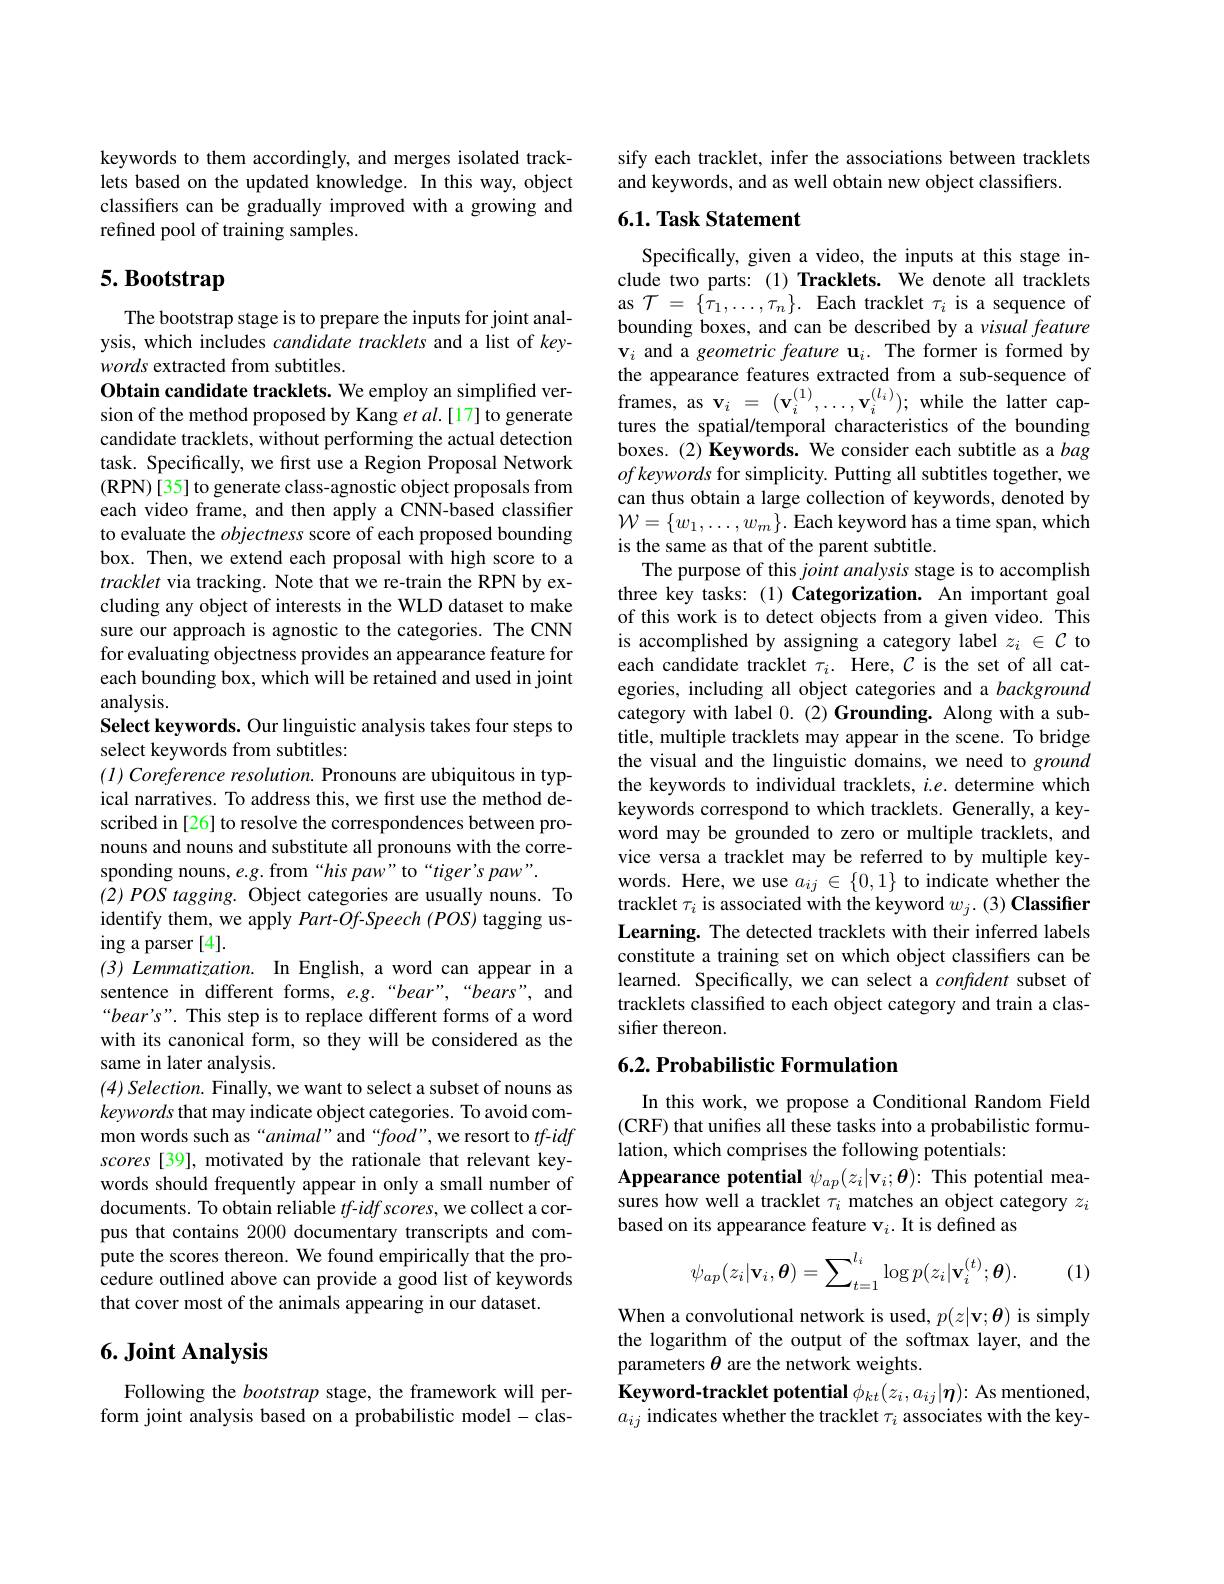
keywords to them accordingly, and merges isolated tracklets based on the updated knowledge. In this way, object classifiers can be gradually improved with a growing and refined pool of training samples.

## $5. \textbf{Bootstrap}$

The bootstrap stage is to prepare the inputs for joint analysis, which includes candidate tracklets and a list of keywords extracted from subtitles.

Obtain candidate tracklets. We employ an simplified version of the method proposed by Kang et al.[17] to generate candidate tracklets, without performing the actual detection task. Specifically, we frst use a Region Proposal Network (RPN)[35] to generate class-agnostic object proposals from each video frame, and then apply a CNN-based classifier to evaluate the objectness score of each proposed bounding box. Then, we extend each proposal with high score to a tracklet via tracking. Note that we re-train the RPN by excluding any object of interests in the WLD dataset to make sure our approach is agnostic to the categories. The CNN for evaluating objectness provides an appearance feature for each bounding box, which will be retained and used in joint analysis.
Select keywords. Our linguistic analysis takes four steps to
select keywords from subtitles:
$( l) \textit{Coreference resolution. Pronouns are ubiquitous in typ- }$ ical narratives. To address this, we first use the method described in [26] to resolve the correspondences between pronouns and nouns and substitute all pronouns with the corresponding nouns, e.g. from“his paw”to“tiger's paw”.
$( 2) \textit{POS tagging. Object categories are usually nouns. To}$ identify them, we apply Part-Of-Speech (POS) tagging using a parser [4].
(3) Lemmatization. In English, a word can appear in a sentence in different forms, e.g.“bear”,“bears", and “bear's". This step is to replace different forms of a word with its canonical form, so they will be considered as the same in later analysis.
$( 4) \textit{Selection. Finally, we want to select a subset of nouns as}$ keywords that may indicate object categories. To avoid common words such as “animal” and“food”, we resort to $tf$-idf scores [39], motivated by the rationale that relevant keywords should frequently appear in only a small number of documents. To obtain reliable $tf$-idf scores, we collect a corpus that contains 2000 documentary transcripts and compute the scores thereon. We found empirically that the procedure outlined above can provide a good list of keywords that cover most of the animals appearing in our dataset.

## $6. \textbf{Joint Analysis}$

Following the bootstrap stage, the framework will perform joint analysis based on a probabilistic model-clas-

sify each tracklet, infer the associations between tracklets
and keywords, and as well obtain new object classifiers

### 6.1. Task Statement

Specifically, given a video, the inputs at this stage include two parts: (1) Tracklets. We denote all tracklets as $\mathcal{T}=\{\bar{\tau_{1}},\ldots,\tau_{n}\}.$ Each tracklet $\tau_i$ is a sequence of bounding boxes, and can be described by a visual feature $\mathbf{v}_i$ and a geometric feature u$_i.$ The former is formed by the appearance features extracted from a sub-sequence of frames, as v$_i=(\mathbf{v}_i^{(1)},\ldots,\mathbf{v}_i^{(l_i)});$ while the latter captures the spatial/temporal characteristics of the bounding boxes. (2) Keywords. We consider each subtitle as a bag $of\textit{keywords for simplicity. Putting all subtitles together, we}$ can thus obtain a large collection of keywords, denoted by $\mathcal{W}=\{w_{1},\ldots,w_{m}\}.$ Each keyword has a time span, which is the same as that of the parent subtitle.
The purpose of this joint analysis stage is to accomplish three key tasks: (1) Categorization. An important goal of this work is to detect objects from a given video. This is accomplished by assigning a category label $z_i\in\mathcal{C}$ to each candidate tracklet $\tau_i.$ Here, $\mathcal{C}$ is the set of all categories, including all object categories and a background category with label $0.(2)Grounding.$ Along with a subtitle, multiple tracklets may appear in the scene. To bridge the visual and the linguistic domains, we need to ground the keywords to individual tracklets, $i.e.$ determine which keywords correspond to which tracklets. Generally, a keyword may be grounded to zero or multiple tracklets, and vice versa a tracklet may be referred to by multiple keywords. Here, we use $a_ij\in\{0,1\}$ to indicate whether the tracklet $\tau_i$ is associated with the keyword $w_j. ( 3) \textbf{Classifier}$ Learning. The detected tracklets with their inferred labels constitute a training set on which object classifiers can be learned. Specifically, we can select a confdent subset of tracklets classified to each object category and train a classifier thereon.
6.2. Probabilistic Formulation

In this work, we propose a Conditional Random Field (CRF) that unifes all these tasks into a probabilistic formu- lation, which comprises the following potentials:
Appearance potential $\psi_{ap}(z_{i}|\mathbf{v}_{i};\boldsymbol{\theta}):$ This potential measures how well a tracklet $\tau_i$ matches an object category $z_i$ based on its appearance feature v$_i.$ It is defined as
$$\psi_{ap}(z_i|\mathbf{v}_i,\boldsymbol{\theta})=\sum_{t=1}^{l_i}\log p(z_i|\mathbf{v}_i^{(t)};\boldsymbol{\theta}).$$
(1)

When a convolutional network is used, $p(z|\mathbf{v};\boldsymbol{\theta})$ is simply the logarithm of the output of the softmax layer, and the parameters $\theta$ are the network weights.
Keyword-tracklet potential $\phi_{kt}(z_i,a_{ij}|\boldsymbol{\eta}){:}$ As mentioned, $a_{ij}$ indicates whether the tracklet $\tau_i$ associates with the key-